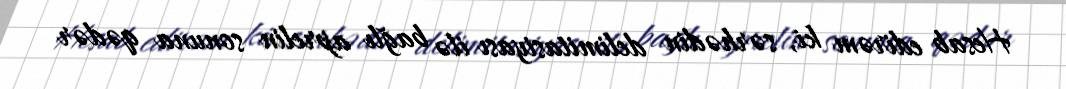
Hesab edirəm ki, sərhədin delimitasiyası ilə bağlı aprelin sonuna qədər